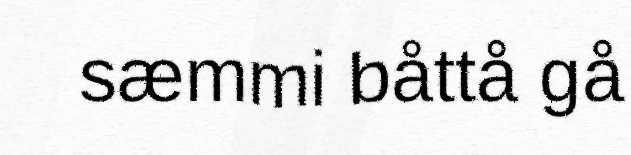
sæmmi båttå gå